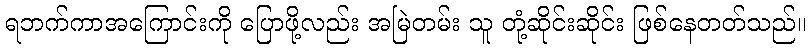
ရဘက်ကာအကြောင်းကို ပြောဖို့လည်း အမြဲတမ်း သူ တုံ့ဆိုင်းဆိုင်း ဖြစ်နေတတ်သည်။